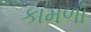
કામળો